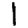
Digit: 1